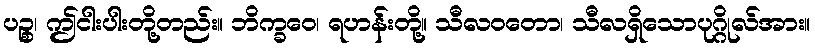
ပဉ္စ၊ ဤငါးပါးတို့တည်း။ ဘိက္ခဝေ၊ ရဟန်းတို့။ သီလဝတော၊ သီလရှိသောပုဂ္ဂိုလ်အား။